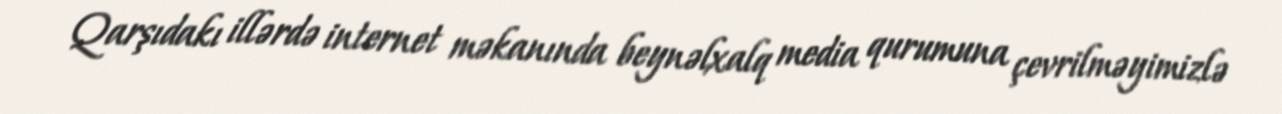
Qarşıdakı illərdə internet məkanında beynəlxalq media qurumuna çevrilməyimizlə